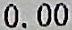
0.00